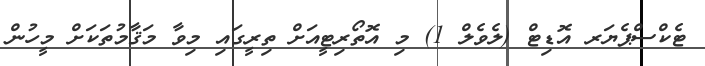
ޓެކްސްޕެޔަރ އޮޑިޓް (ލެވެލް 1) މި އޮތޯރިޓީއަށް ތިރީގައި މިވާ މަޤާމުތަކަށް މީހުން